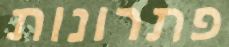
פתרונות